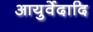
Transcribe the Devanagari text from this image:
आयुर्वेदादि